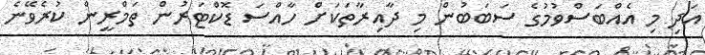
އަދި މި އެއްބަސްވުމުގެ ސަބަބުން މި ދާއިރާތަކަށް ހާއްސަ ޑޮކްޓަރުން ތަމްރީން ކުރެވޭނެ